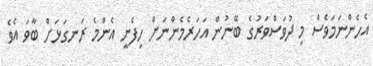
އެހެންނަމަވެސް މި ދުވަސްވަރުގެ ބޭނުން އަހަރެމެންނަށް ހިފެނީ އެންމެ ރަނގަޅަށް ބާވަ އެވެ